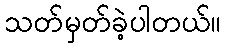
သတ်မှတ်ခဲ့ပါတယ်။